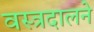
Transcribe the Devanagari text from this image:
वस्त्रदालने